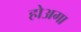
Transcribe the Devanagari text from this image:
होअगा